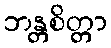
ဘန္တစိတ္တာ